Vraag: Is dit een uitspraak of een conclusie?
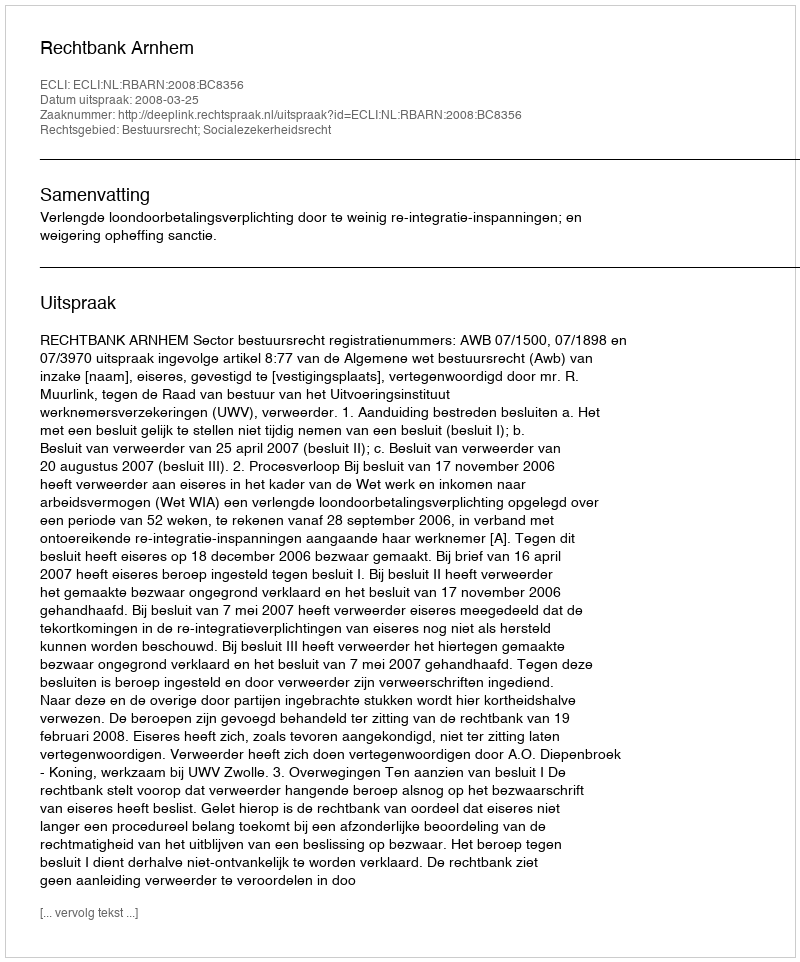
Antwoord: Uitspraak